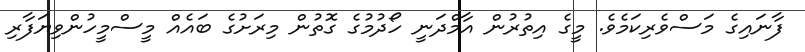
ފާނައިގެ މަސްވެރިކަމެވެ. މީގެ އިތުރުން އާމްދަނީ ހޯދުމުގެ ގޮތުން މިރަށުގެ ބައެއް މީސްމީހުންވިޔަފާރި